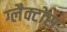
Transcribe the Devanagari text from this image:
ग्लैक्टोस